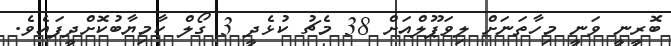
ބޮރީނީ ވަނީ މިހާތަނަށް ލިވަޕޫލްއަށް 38 މެޗު ކުޅެދީ 3 ގޯލް ކާމިޔާބުކޮށްދީފައެވެ.